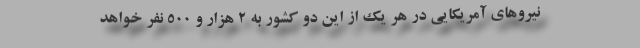
نیروهای آمریکایی در هر یک از این دو کشور به ۲ هزار و ۵۰۰ نفر خواهد